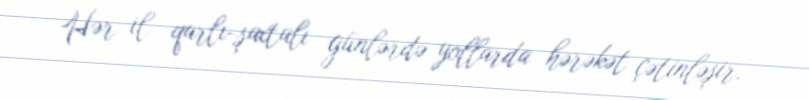
Hər il qarlı-şaxtalı günlərdə yollarda hərəkət çətinləşir.